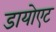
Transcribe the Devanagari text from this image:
डायोएट